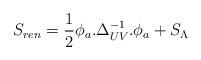
LaTeX: \begin{align*}S_{ren}=\frac{1}{2}\phi_{a}.\Delta^{-1}_{UV}.\phi_{a}+S_{\Lambda}\end{align*}